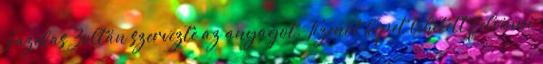
Fazekas Zoltán szervezte az anyagot. Tizenöt képet lehetett felvinni